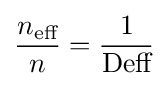
{\frac {n_{\text{eff}}}{n}}={\frac {1}{\text{Deff}}}